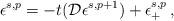
LaTeX: \begin{align*}\epsilon^{s,p} = -t({\cal D}\epsilon^{s,p+1}) + \epsilon^{s,p}_+ \,,\end{align*}